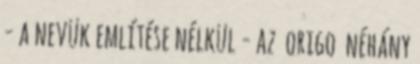
- a nevük említése nélkül - az origo néhány